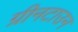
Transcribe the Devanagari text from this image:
ग्रीनटाउन